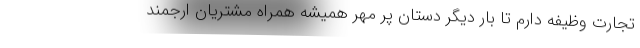
تجارت وظیفه دارم تا بار دیگر دستان پر مهر همیشه همراه مشتریان ارجمند